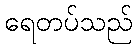
ရေတပ်သည်